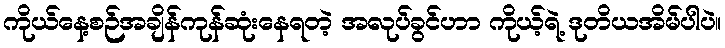
ကိုယ်နေ့စဉ်အချိန်ကုန်ဆုံးနေရတဲ့ အလုပ်ခွင်ဟာ ကိုယ့်ရဲ့ ဒုတိယအိမ်ပါပဲ။